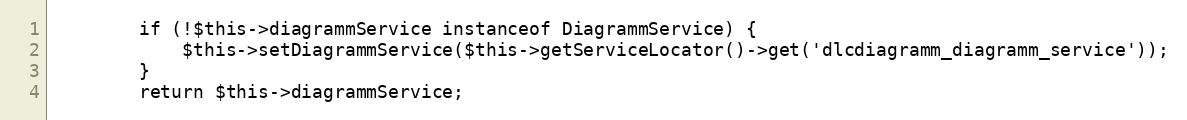
Language: PHP
        if (!$this->diagrammService instanceof DiagrammService) {
            $this->setDiagrammService($this->getServiceLocator()->get('dlcdiagramm_diagramm_service'));
        }
        return $this->diagrammService;